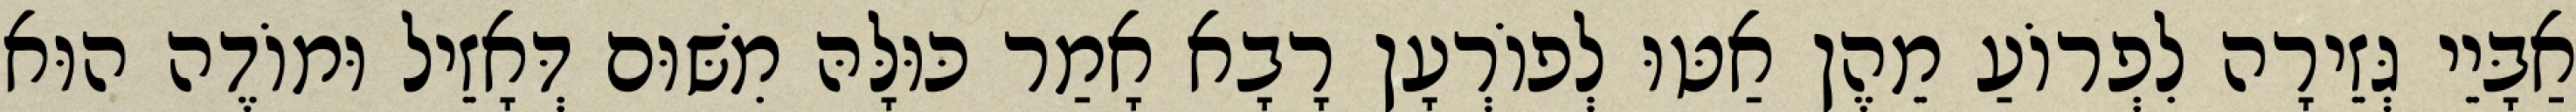
אַבָּיֵי גְּזֵירָה לִפְרוֹעַ מֵהֶן אַטּוּ לְפוֹרְעָן רָבָא אָמַר כּוּלָּהּ מִשּׁוּם דְּאָזֵיל וּמוֹדֶה הוּא